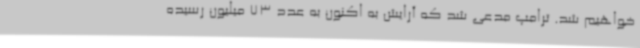
خواهیم شد. ترامپ مدعی شد که آرایش به اکنون به عدد 73 میلیون رسیده